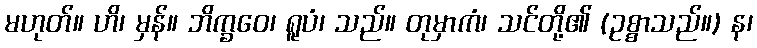
မဟုတ်။ ဟိ၊ မှန်။ ဘိက္ခဝေ၊ ရူပံ၊ သည်။ တုမှာကံ၊ သင်တို့၏ (ဥစ္စာသည်။) န၊